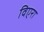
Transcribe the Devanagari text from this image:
विएरा